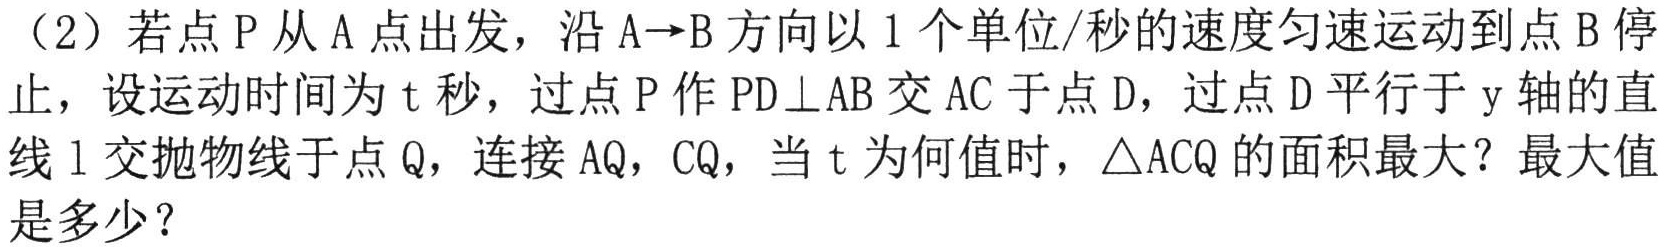
（2）若点\(P\)从\(A\)点出发，沿\(A\rightarrow B\)方向以\(1\)个单位/秒的速度匀速运动到点\(B\)停止，设运动时间为\(t\)秒，过点\(P\)作\(PD\perp AB\)交\(AC\)于点\(D\)，过点\(D\)平行于\(y\)轴的直线\(l\)交抛物线于点\(Q\)，连接\(AQ\)，\(CQ\)，当\(t\)为何值时，\(\triangle ACQ\)的面积最大？最大值是多少？